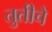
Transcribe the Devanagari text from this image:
तुतीचे